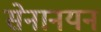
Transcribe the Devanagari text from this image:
सेनानयन